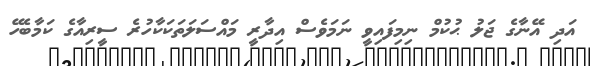
އަދި އޭނާގެ ޖަލު ޙުކުމް ނިމިފައިވީ ނަމަވެސް އިދާރީ މައްސަލަތަކަކާހުރެ ސީރިއާގެ ކަމާބެހޭ